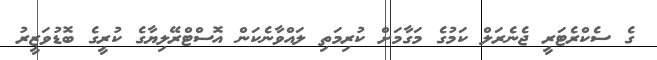
ގެ ސެކްރެޓަރީ ޖެނެރަލް ކަމުގެ މަގާމަށް ކުރިމަތި ލައްވާނެކަން އޮސްޓްރޭލިޔާގެ ކުރީގެ ބޮޑުވަޒީރު